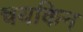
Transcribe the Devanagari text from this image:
चयकिन